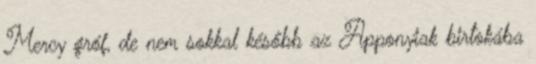
Mercy gróf, de nem sokkal később az Apponyiak birtokába